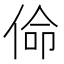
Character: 𠊈